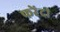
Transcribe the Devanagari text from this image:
फरेंदी